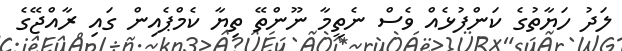
ލަދު ހަޔާތުގެ ކަންފުޅެއް ވެސް ނެތީމާ ނޫންތޭ ތިޔާ ކެމްޕެއިން ގައި ރާއްޖޭގެ